Sketch of the medical history of the native army of Bombay, for the year
Year: 1875
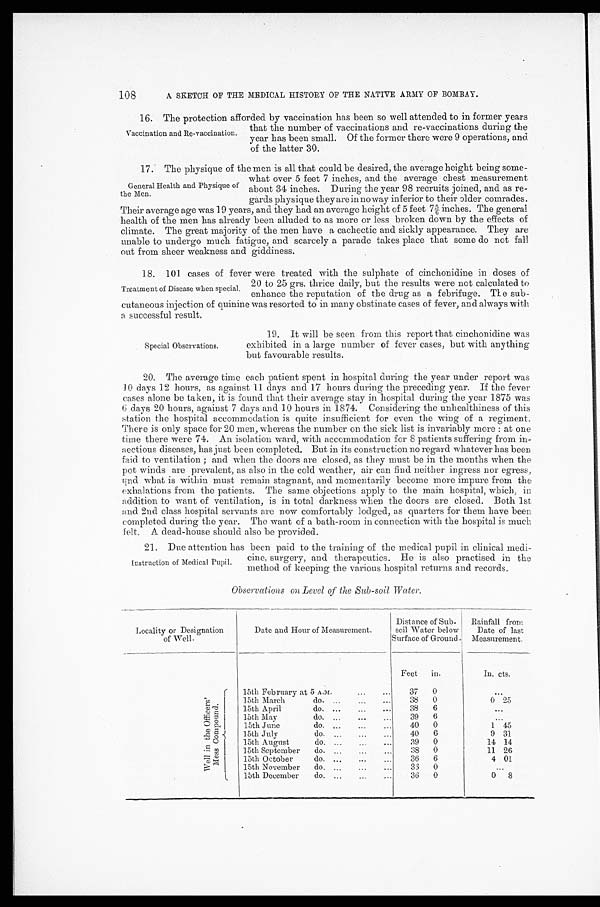
108
A SKETCH OF THE MEDICAL HISTORY OF THE NATIVE ARMY OF BOMBAY.
16. The protection afforded by vaccination has been so well attended to in former years
that the number of vaccinations and re-vaccinations during the
year has been small. Of the former there were 9 operations, and
of the latter 39.
17. The physique of the men is all that could be desired, the average height being some-
Vaccination and Re-vaccination.
General Health and Physique of
the Men.
what over 5 feet 7 inches, and the average chest measurement
about 34 inches. During the year 98 recruits joined, and as re-
Gards physique they are in noway inferior to their older comrades.
Their average age was 19 years, and they had an average height of 5 feet 7 5/6 inches. The general
health of the men has already been alluded to as more or less broken down by the effects of
climate. The great majority of the men have a cachectic and sickly appearance. They are
unable to undergo much fatigue, and scarcely a parade takes place that some do not fall
out from sheer weakness and giddiness.
18. 101 cases of fever were treated with the sulphate of cinchonidine in doses of
Treatment of Disease when special. 20 to 25 grs. thrice daily, but the results were not calculated to
enhance the reputation of the drug as a febrifuge. The sub-
cutaneous injection of quinine was resorted to in many obstinate cases of fever, and always with
a successful result.
Special Observations,
19. It will be seen from this report that cinchonidine was
exhibited in a large number of fever cases, but with anything
but favourable results.
20. The average time each patient spent in hospital during the year under report was
10 days 12 hours, as against 11 days and 17 hours during the preceding year. If the fever,
cases alone be taken, it is found that their average stay in hospital during the year 1875 was
6 days 20 hours, against 7 days and 10 hours in 1874. Considering the unhealthiness of this
station the hospital accommodation is quite insufficient for even the wing of a regiment,
There is only space for 20 men, whereas the number on the sick list is invariably more : at one
time there were 74. An isolation ward, with accommodation for 8 patients suffering from in-
aectious diseases, has just been completed. But in its construction no regard whatever has been
faid to ventilation ; and when the doors are closed, as they must be in the months when the
pot winds are prevalent, as also in the cold weather, air can find neither ingress nor egress,
чnd what is within must remain stagnant, and momentarily become more impure from the
exhalations from the patients. The same objections apply to the main hospital, which, in
addition to want of ventilation, is in total darkness when the doors are closed. Both 1st
and 2nd class hospital servants are now comfortably lodged, as quarters for them have been
completed during the year. The want of a bath-room in connection with the hospital is much
felt. A dead-house should also be provided.
21. Due attention has been paid to the training of the medical pupil in clinical medi-
Instruction of Medical Pupil, chic, surgery, and therapeutics. He is also practised in the
method of keeping the various hospital returns and records.
Observations on Level of the Sub-soil Water.
Locality or Designation
of Well.
Date and Hour of Measurement.
Distance of Sub-
soil Water below
Surface of Ground .
Rainfall from
Date of last
Measurement.
W e l l i n t h e m e s s O f f i c e r s ' C o m p o u n d .
15th February at 5 A.M.
...
...
Feet in.
In. cts.
37 0
. . .
15th March
do.
... ...
...
38 0
0 25
15th April
do. ...
...
...
38 6
...
15th May
do. ...
...
...
39 6
...
15th June
do.
...
.
... ...
40 0
1 45
15th July
do. ...
...
...
40 6
9 31
15th August
do.
...
...
...
39 0
14 14
15th September do.
...
...
...
38 0
11 26
15th October
do. ...
...
...
36 6
4 01
15th November do.
...
...
...
36 0
...
15th December do. ...
...
...
36 0
0 8